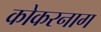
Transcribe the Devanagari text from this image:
कोकरनाग